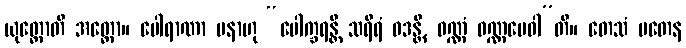
ယုတ္တောတိ အတ္ထော။ ပေါရာဏာ ပနာဟု “ပေါက္ခရန္တိ သရီရံ ဝဒန္တိ, ဝဏ္ဏံ ဝဏ္ဏမေဝါ”တိ။ တေသံ မတေန